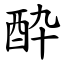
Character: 酔